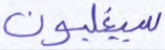
سيغلبون